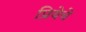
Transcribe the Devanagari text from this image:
प्रियेचे